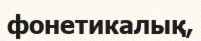
фонетикалық,